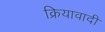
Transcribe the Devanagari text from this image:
क्रियावादी